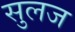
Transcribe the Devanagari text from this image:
सुलज